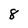
Character: 8